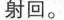
射回。